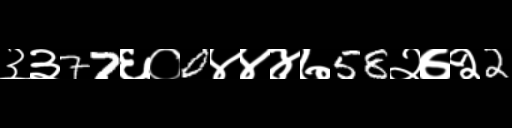
Text: ३३77६०0४४४७58२७२2